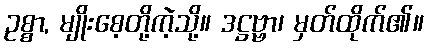
ဥစ္စာ, မျိုးစေ့တို့ကဲ့သို့။ ဒဋ္ဌဗ္ဗာ၊ မှတ်ထိုက်၏။